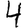
Digit: 4